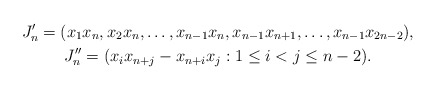
\begin{gather*}J'_n = (x_1x_n, x_2x_n, \dots, x_{n-1}x_n, x_{n-1}x_{n+1}, \dots, x_{n-1}x_{2n-2}),\\J''_n = (x_i x_{n+j} - x_{n+i}x_j : 1 \leq i<j \leq n-2).\end{gather*}